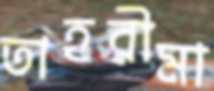
তাহরীমা